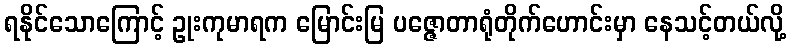
ရနိုင်သောကြောင့် ဥုးကုမာရက မြောင်းမြ ပဇ္ဇောတာရုံတိုက်ဟောင်းမှာ နေသင့်တယ်လို့